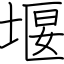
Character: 堰